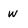
Character: w